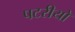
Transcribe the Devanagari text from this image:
पटरीयों